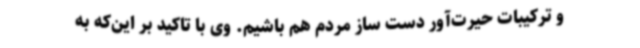
و ترکیبات حیرت‌آور دست ساز مردم هم باشیم. وی با تاکید بر این‌که به